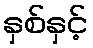
နှစ်နှင့်